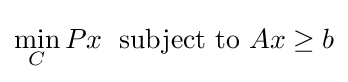
\min _{C}Px\;{\text{ subject to }}Ax\geq b